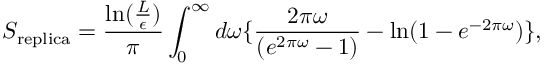
S _ { \mathrm { r e p l i c a } } = { \frac { \mathrm { l n } ( { \frac { L } { \epsilon } } ) } { \pi } } \int _ { 0 } ^ { \infty } d \omega \{ { \frac { 2 \pi \omega } { ( e ^ { 2 \pi \omega } - 1 ) } } - \mathrm { l n } ( 1 - e ^ { - 2 \pi \omega } ) \} ,